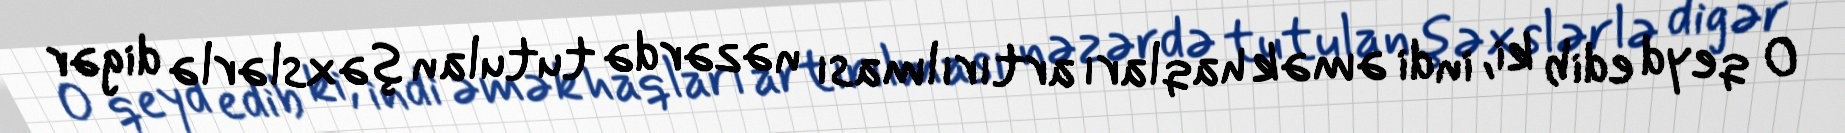
O qeyd edib ki, indi əmək haqları artırılması nəzərdə tutulan şəxslərlə digər